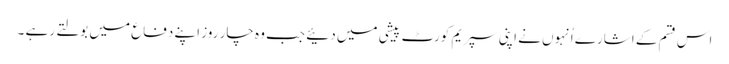
اس قسم کے اشارے اُنہوں نے اپنی سپریم کورٹ پیشی میں دئیے جب وہ چار روز اپنے دفاع میں بولتے رہے ۔